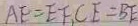
A F = E F , C E = B E